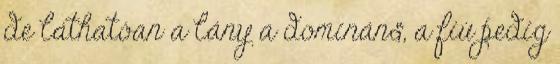
de láthatóan a lány a domináns, a fiú pedig